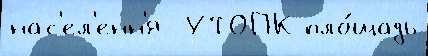
нас'ел'енн'я  УТОПК пло́щадь